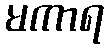
မကာရ